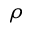
\rho